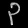
Digit: ၃